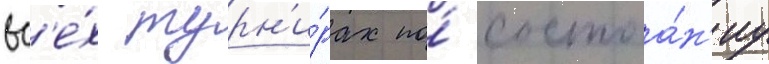
вс'е́х турн'и́рах по́ состоа́н'иу